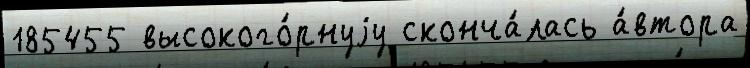
185455 высокого́рнуjу сконча́лась а́втора